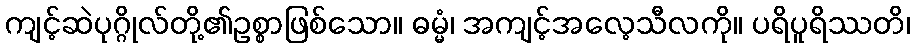
ကျင့်ဆဲပုဂ္ဂိုလ်တို့၏ဥစ္စာဖြစ်သော။ ဓမ္မံ၊ အကျင့်အလေ့သီလကို။ ပရိပူရိဿတိ၊